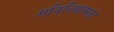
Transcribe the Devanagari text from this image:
गतिनियामकों